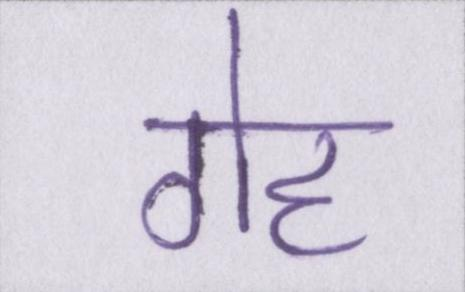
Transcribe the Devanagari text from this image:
गेह